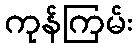
ကုန်ကြမ်း